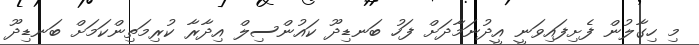
މި ހިގާލުން ފެށިފައިވަނީ އީދުނަމާދަށް ފަހު ބަނޑިދޫ ކައުންސިލް އިދާރާ ކުރިމަތިންކަމަށް ބަނޑިދޫ